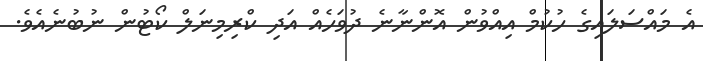
އެ މައްސަލައިގެ ހުކުމް އިއްވުން އޮންނާނެ ދުވަހެއް އަދި ކްރިމިނަލް ކޯޓުން ނުބުނެއެވެ.